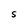
Character: S